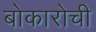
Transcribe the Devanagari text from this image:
बोकारोची